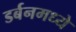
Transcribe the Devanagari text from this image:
डर्बनमध्ये